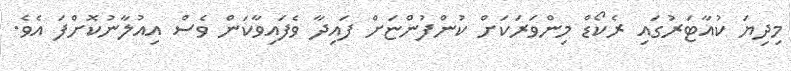
މިދިޔަ ކުއާޓަރުގައި ރެކޯޑް މިންވަރަކަށް ކުންފުންޏަށް ފައިދާ ވެފައިވާކަން ވެސް އިއުލާނުކޮށްފަ އެވެ.